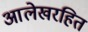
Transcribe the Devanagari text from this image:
आलेखरहित